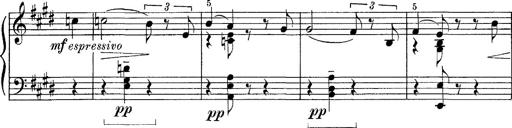
Title: FÃ¼nf KlavierstÃ¼cke
Composer: Franz Liszt